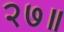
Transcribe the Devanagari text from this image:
२७॥